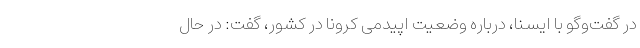
در گفت‌وگو با ایسنا، درباره وضعیت اپیدمی کرونا در کشور، گفت: در حال